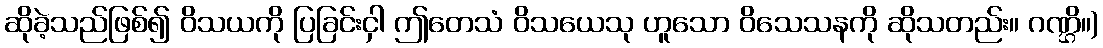
ဆိုခဲ့သည်ဖြစ်၍ ဝိသယကို ပြခြင်းငှါ ဤတေသံ ဝိသယေသု ဟူသော ဝိသေသနကို ဆိုသတည်း။ ဂဏ္ဌိ။)